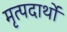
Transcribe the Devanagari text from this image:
मृत्पदार्थो